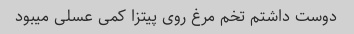
دوست داشتم تخم مرغ روی پیتزا کمی عسلی میبود